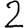
Digit: 2